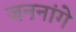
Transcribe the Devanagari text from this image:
जननांगे